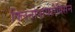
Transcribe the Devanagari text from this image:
क्लिनोपायरोक्सिन